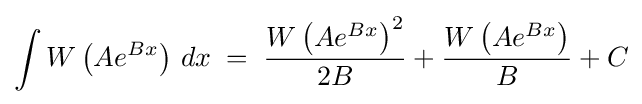
\int W\left(Ae^{Bx}\right)\,dx\;=\;{\frac {W\left(Ae^{Bx}\right)^{2}}{2B}}+{\frac {W\left(Ae^{Bx}\right)}{B}}+C